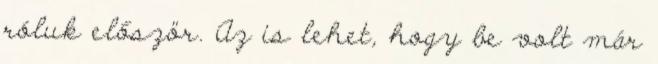
róluk először. Az is lehet, hogy be volt már